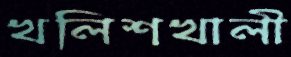
খলিশখালী